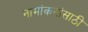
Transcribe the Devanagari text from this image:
नामांकनांसाठी